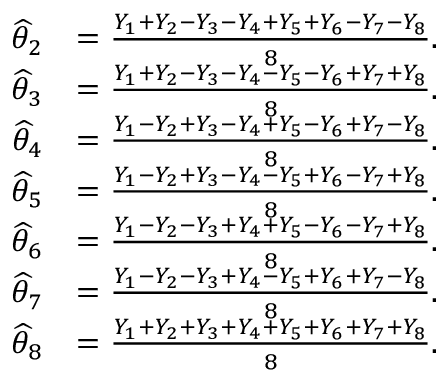
{ \begin{array} { r l } { { \widehat { \theta } } _ { 2 } } & { = { \frac { Y _ { 1 } + Y _ { 2 } - Y _ { 3 } - Y _ { 4 } + Y _ { 5 } + Y _ { 6 } - Y _ { 7 } - Y _ { 8 } } { 8 } } . } \\ { { \widehat { \theta } } _ { 3 } } & { = { \frac { Y _ { 1 } + Y _ { 2 } - Y _ { 3 } - Y _ { 4 } - Y _ { 5 } - Y _ { 6 } + Y _ { 7 } + Y _ { 8 } } { 8 } } . } \\ { { \widehat { \theta } } _ { 4 } } & { = { \frac { Y _ { 1 } - Y _ { 2 } + Y _ { 3 } - Y _ { 4 } + Y _ { 5 } - Y _ { 6 } + Y _ { 7 } - Y _ { 8 } } { 8 } } . } \\ { { \widehat { \theta } } _ { 5 } } & { = { \frac { Y _ { 1 } - Y _ { 2 } + Y _ { 3 } - Y _ { 4 } - Y _ { 5 } + Y _ { 6 } - Y _ { 7 } + Y _ { 8 } } { 8 } } . } \\ { { \widehat { \theta } } _ { 6 } } & { = { \frac { Y _ { 1 } - Y _ { 2 } - Y _ { 3 } + Y _ { 4 } + Y _ { 5 } - Y _ { 6 } - Y _ { 7 } + Y _ { 8 } } { 8 } } . } \\ { { \widehat { \theta } } _ { 7 } } & { = { \frac { Y _ { 1 } - Y _ { 2 } - Y _ { 3 } + Y _ { 4 } - Y _ { 5 } + Y _ { 6 } + Y _ { 7 } - Y _ { 8 } } { 8 } } . } \\ { { \widehat { \theta } } _ { 8 } } & { = { \frac { Y _ { 1 } + Y _ { 2 } + Y _ { 3 } + Y _ { 4 } + Y _ { 5 } + Y _ { 6 } + Y _ { 7 } + Y _ { 8 } } { 8 } } . } \end{array} }